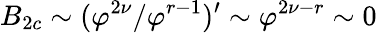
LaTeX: B_{2c}\sim(\varphi^{2\nu}/\varphi^{r-1})^{\prime}\sim\varphi^{2\nu-r}\sim 0